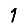
Digit: 1